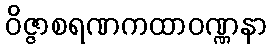
ဝိဇ္ဇာစရဏကထာဝဏ္ဏနာ